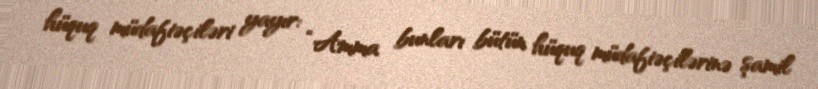
hüquq müdafiəçiləri yayır: “Amma bunları bütün hüquq müdafiəçilərinə şamil